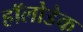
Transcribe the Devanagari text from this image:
हॉलोडेक